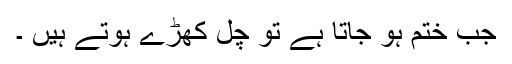
جب ختم ہو جاتا ہے تو چل کھڑے ہوتے ہیں ۔